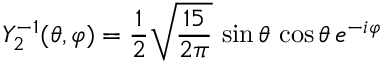
Y _ { 2 } ^ { - 1 } ( \theta , \varphi ) = { \frac { 1 } { 2 } } { \sqrt { \frac { 1 5 } { 2 \pi } } } \, \sin \theta \, \cos \theta \, e ^ { - i \varphi }